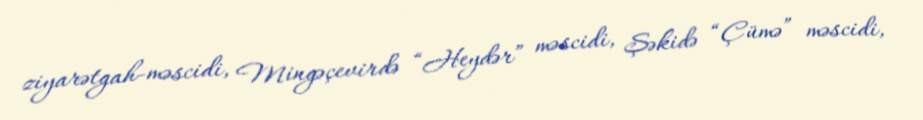
ziyarətgah-məscidi, Mingəçevirdə “Heydər” məscidi, Şəkidə “Çümə” məscidi,